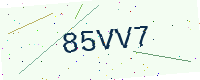
Text: 85VV7